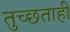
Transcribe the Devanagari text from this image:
तुच्छताही